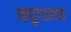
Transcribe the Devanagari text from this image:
जादूगारांचा